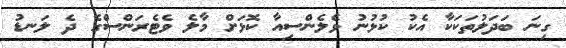
ގިނަ ބަދަލުތަކަކާ އެކު ކުޅުނު ވެލެންސިއާ ކޮޅަށް މާލެ ވެޓެރަންސްގެ ދެ ލަނޑު